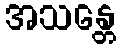
အသန္တေ